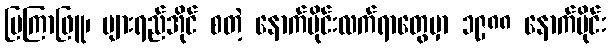
မြကြာဖြူ၊ ပျားရည်အိုင် စတဲ့ နောက်ပိုင်းလက်ရာတွေမှာ ၁၉၈၈ နောက်ပိုင်း